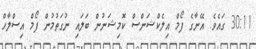
30:11 ގައެވެ. އޭނާގެ ފޯމް އިލެކްޝަންސް ކޮމިޝަނުން ބަލައި ނުގަތުމުން ފޯމް އިސްލާހް